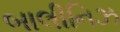
બાલીનિઝ